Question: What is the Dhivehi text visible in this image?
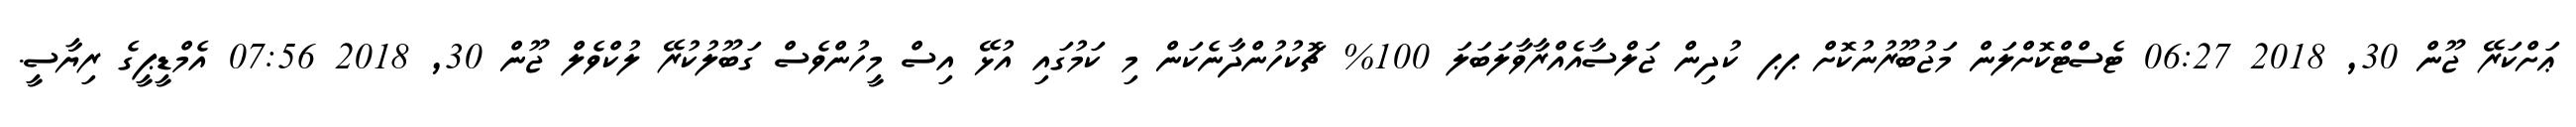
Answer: ޢަށްކަރޭ ޖޫން 30, 2018 06:27 ޓެސްޓްކޮށްލަން މަޖުބޫރުނުކޮށް ޕޕ ކުދިން ޖަލްސާއެއްރާވާލަބަލަ 100% ޗޮކުހުންދާނެކަން މި ކަމުގައި އުޅޭ އިސް މީހުންވެސް ގަބޫލުކުރޭ ލުކްވެލް ޖޫން 30, 2018 07:56 އެމްޑީޕީގެ ރިޔާސީ.